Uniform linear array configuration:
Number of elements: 16
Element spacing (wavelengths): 1
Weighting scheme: cosine
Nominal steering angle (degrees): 0
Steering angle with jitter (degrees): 1.403
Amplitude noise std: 0.05
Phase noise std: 0.05

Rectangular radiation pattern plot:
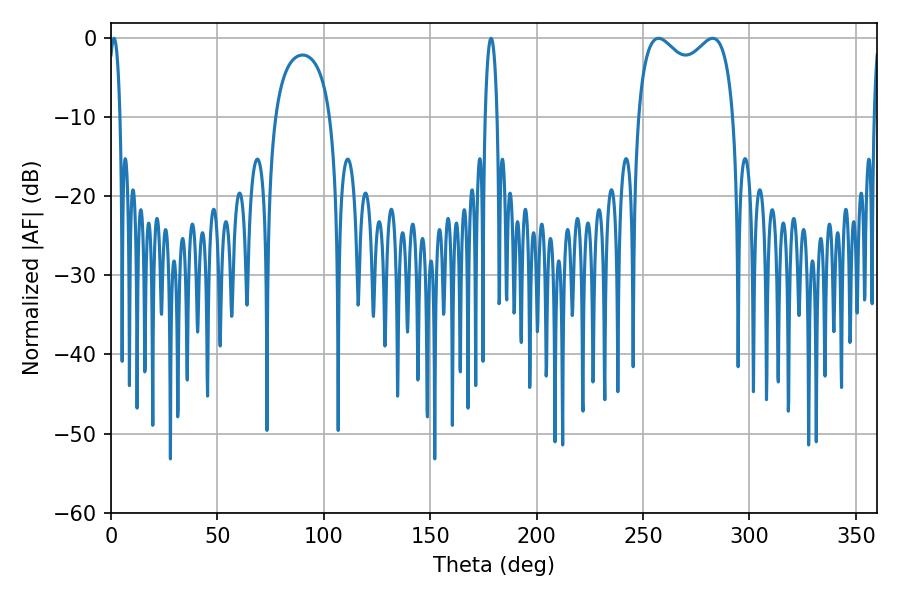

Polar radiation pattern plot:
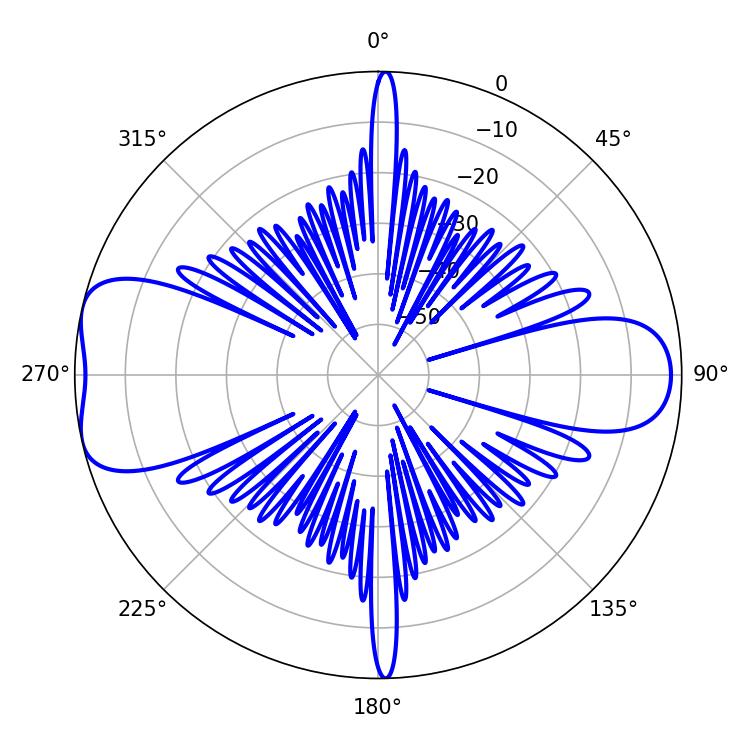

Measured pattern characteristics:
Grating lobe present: TRUE
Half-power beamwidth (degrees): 37.44
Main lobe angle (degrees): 282.78